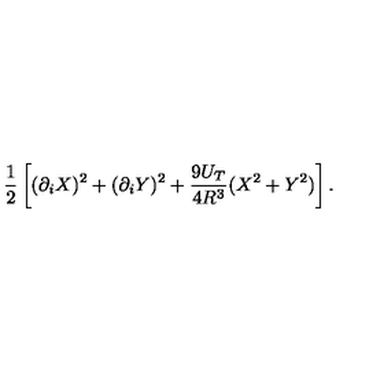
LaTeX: \frac { 1 } { 2 } \left[ ( \partial _ { i } X ) ^ { 2 } + ( \partial _ { i } Y ) ^ { 2 } + \frac { 9 U _ { T } } { 4 R ^ { 3 } } ( X ^ { 2 } + Y ^ { 2 } ) \right] .